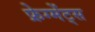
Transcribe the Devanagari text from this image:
फ्रेग्मेंट्स